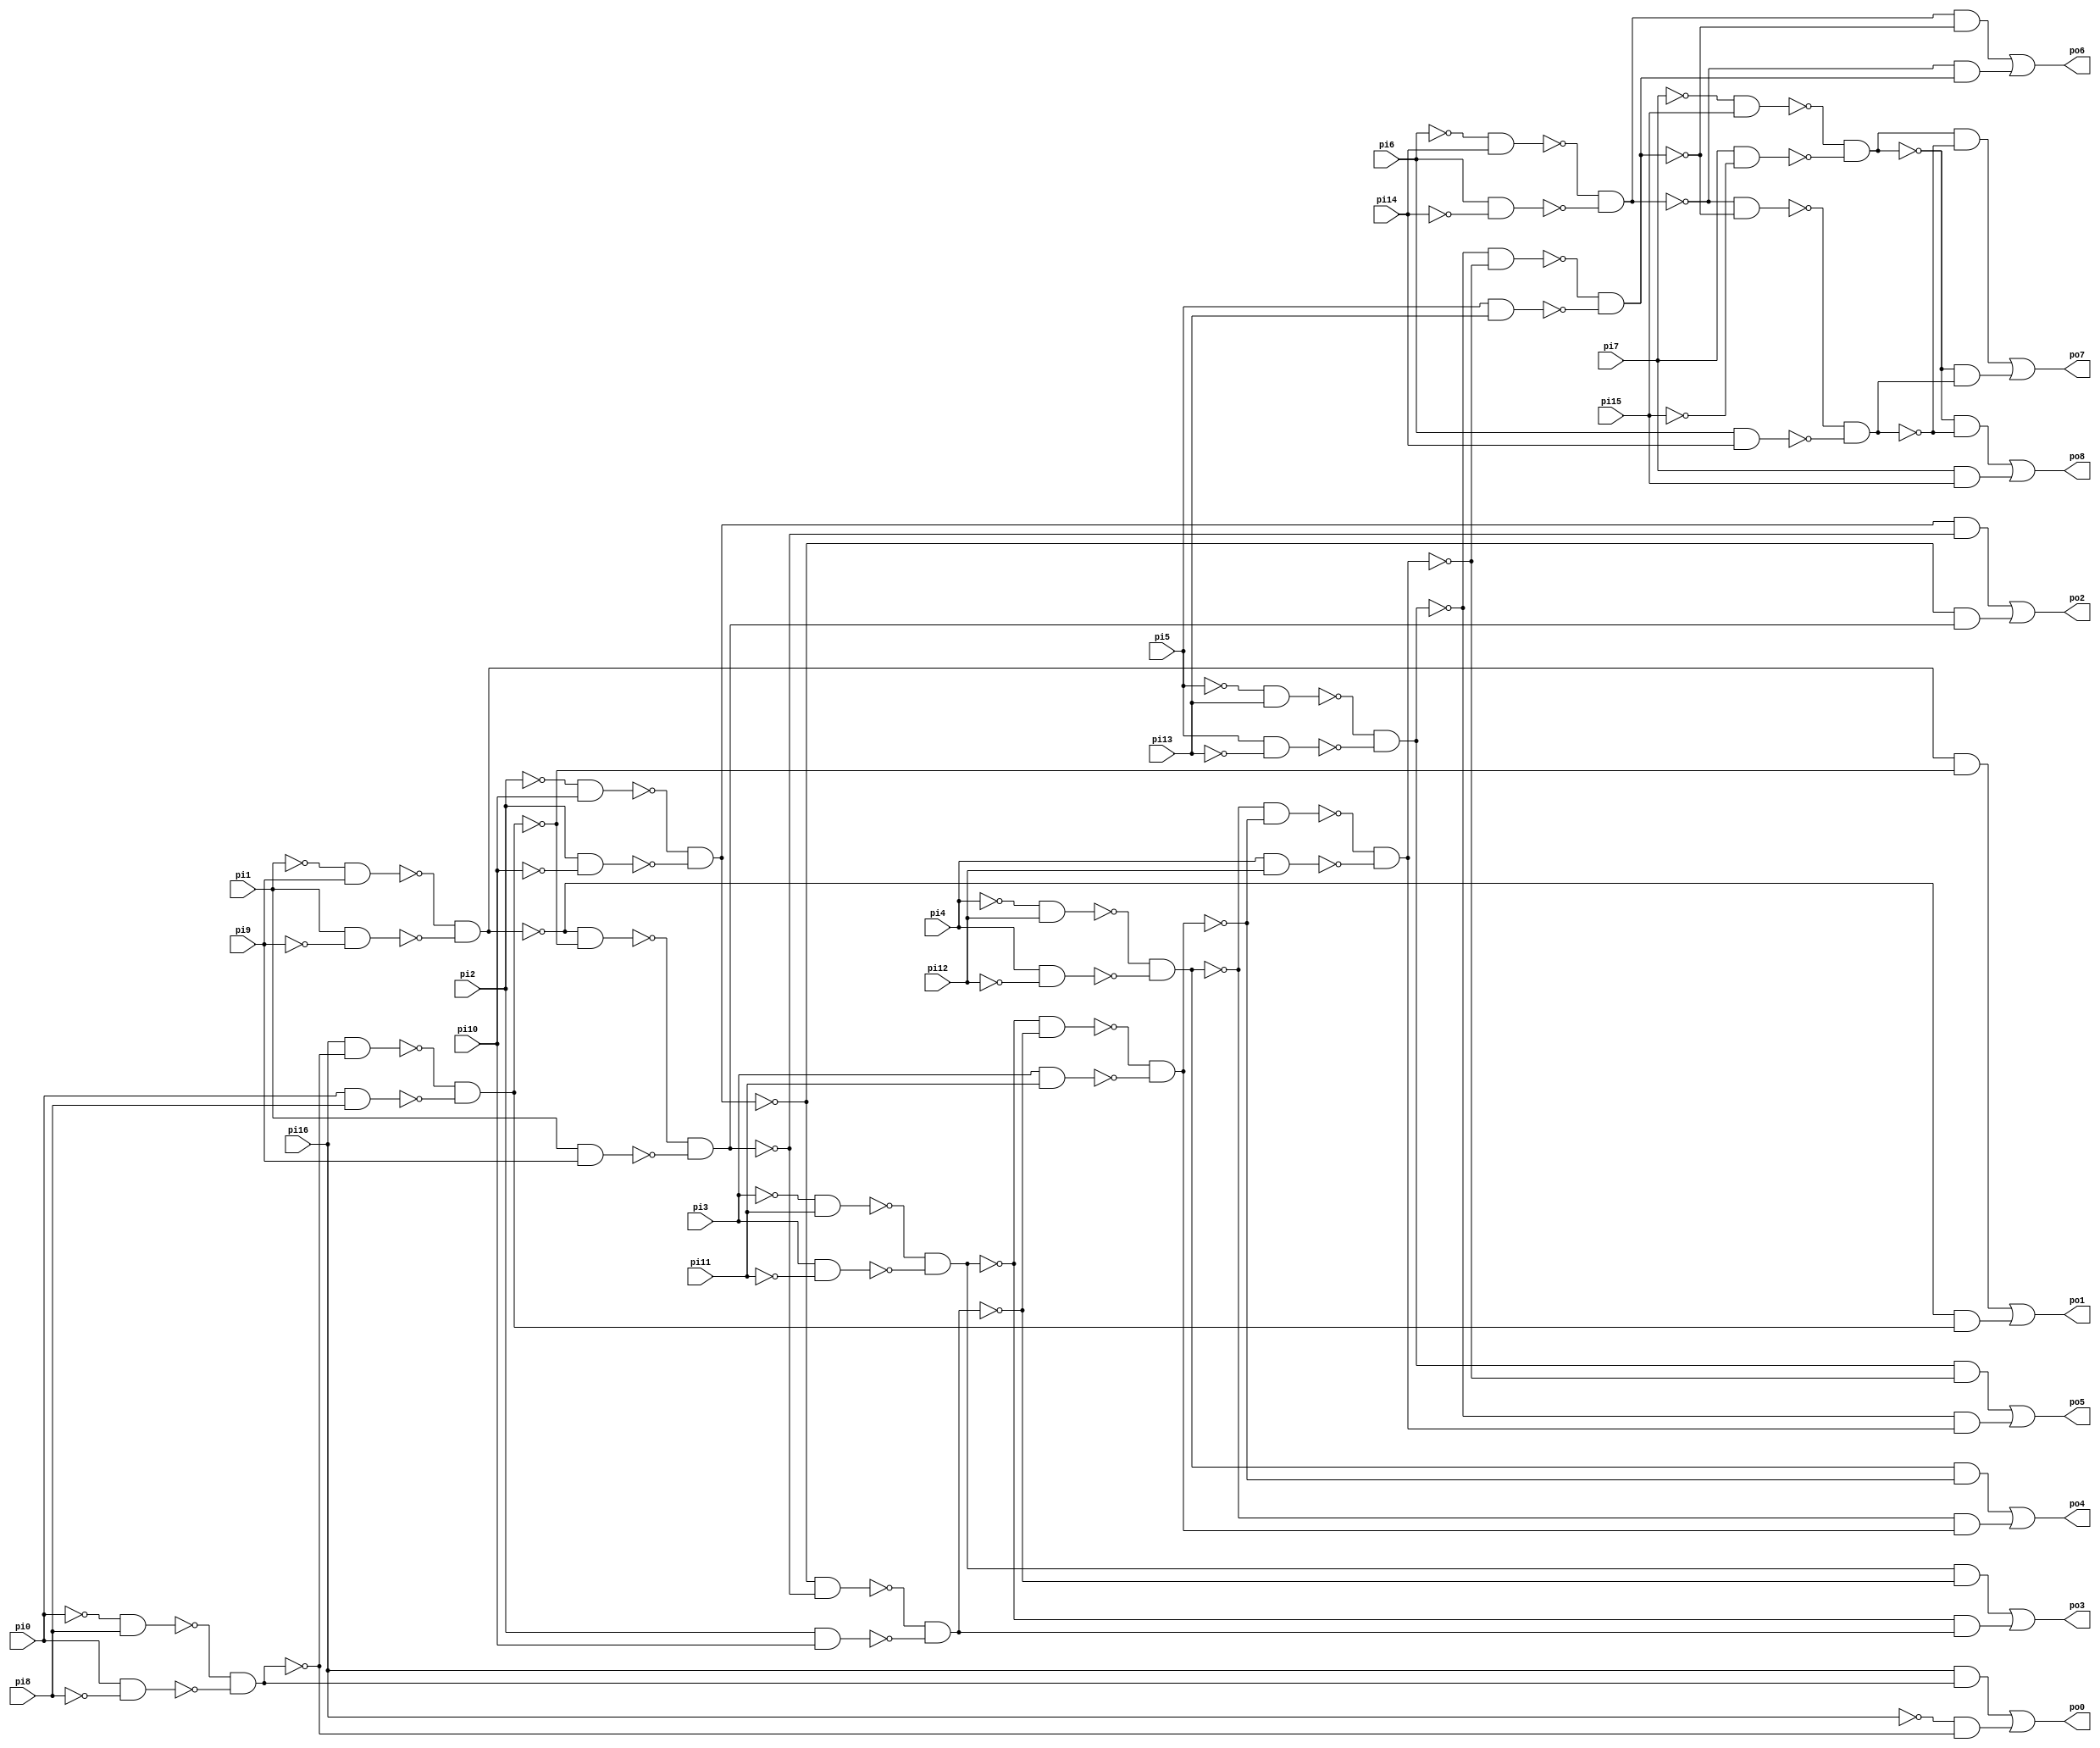
module top(pi0, pi1, pi2, pi3, pi4, pi5, pi6, pi7, pi8, pi9, pi10, pi11, pi12, pi13, pi14, pi15, pi16, po0, po1, po2, po3, po4, po5, po6, po7, po8);
  input pi0, pi1, pi2, pi3, pi4, pi5, pi6, pi7, pi8, pi9, pi10, pi11, pi12, pi13, pi14, pi15, pi16;
  output po0, po1, po2, po3, po4, po5, po6, po7, po8;
  wire n18, n19, n20, n21, n22, n24, n25, n26, n27, n28, n29, n30, n31, n33, n34, n35, n36, n37, n38, n39, n40, n42, n43, n44, n45, n46, n47, n48, n49, n51, n52, n53, n54, n55, n56, n57, n58, n60, n61, n62, n63, n64, n65, n66, n67, n69, n70, n71, n72, n73, n74, n75, n76, n78, n79, n80, n81, n82, n83, n84, n85, n87, n88;
  assign n18 = ~pi0 & pi8;
  assign n19 = pi0 & ~pi8;
  assign n20 = ~n18 & ~n19;
  assign n21 = pi16 & n20;
  assign n22 = ~pi16 & ~n20;
  assign po0 = n21 | n22;
  assign n24 = ~pi1 & pi9;
  assign n25 = pi1 & ~pi9;
  assign n26 = ~n24 & ~n25;
  assign n27 = pi16 & ~n20;
  assign n28 = pi0 & pi8;
  assign n29 = ~n27 & ~n28;
  assign n30 = n26 & ~n29;
  assign n31 = ~n26 & n29;
  assign po1 = n30 | n31;
  assign n33 = ~pi2 & pi10;
  assign n34 = pi2 & ~pi10;
  assign n35 = ~n33 & ~n34;
  assign n36 = ~n26 & ~n29;
  assign n37 = pi1 & pi9;
  assign n38 = ~n36 & ~n37;
  assign n39 = n35 & ~n38;
  assign n40 = ~n35 & n38;
  assign po2 = n39 | n40;
  assign n42 = ~pi3 & pi11;
  assign n43 = pi3 & ~pi11;
  assign n44 = ~n42 & ~n43;
  assign n45 = ~n35 & ~n38;
  assign n46 = pi2 & pi10;
  assign n47 = ~n45 & ~n46;
  assign n48 = n44 & ~n47;
  assign n49 = ~n44 & n47;
  assign po3 = n48 | n49;
  assign n51 = ~pi4 & pi12;
  assign n52 = pi4 & ~pi12;
  assign n53 = ~n51 & ~n52;
  assign n54 = ~n44 & ~n47;
  assign n55 = pi3 & pi11;
  assign n56 = ~n54 & ~n55;
  assign n57 = n53 & ~n56;
  assign n58 = ~n53 & n56;
  assign po4 = n57 | n58;
  assign n60 = ~pi5 & pi13;
  assign n61 = pi5 & ~pi13;
  assign n62 = ~n60 & ~n61;
  assign n63 = ~n53 & ~n56;
  assign n64 = pi4 & pi12;
  assign n65 = ~n63 & ~n64;
  assign n66 = n62 & ~n65;
  assign n67 = ~n62 & n65;
  assign po5 = n66 | n67;
  assign n69 = ~pi6 & pi14;
  assign n70 = pi6 & ~pi14;
  assign n71 = ~n69 & ~n70;
  assign n72 = ~n62 & ~n65;
  assign n73 = pi5 & pi13;
  assign n74 = ~n72 & ~n73;
  assign n75 = n71 & ~n74;
  assign n76 = ~n71 & n74;
  assign po6 = n75 | n76;
  assign n78 = ~pi7 & pi15;
  assign n79 = pi7 & ~pi15;
  assign n80 = ~n78 & ~n79;
  assign n81 = ~n71 & ~n74;
  assign n82 = pi6 & pi14;
  assign n83 = ~n81 & ~n82;
  assign n84 = n80 & ~n83;
  assign n85 = ~n80 & n83;
  assign po7 = n84 | n85;
  assign n87 = ~n80 & ~n83;
  assign n88 = pi7 & pi15;
  assign po8 = n87 | n88;
endmodule